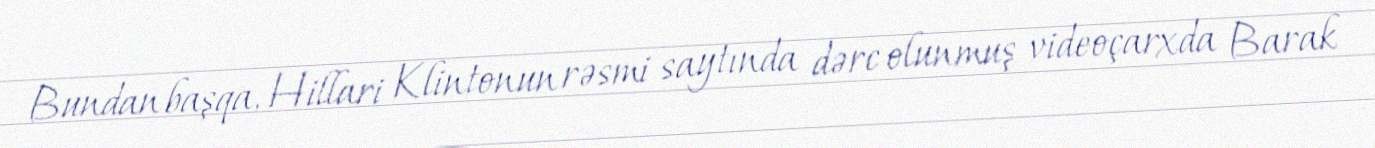
Bundan başqa, Hillari Klintonun rəsmi saytında dərc olunmuş videoçarxda Barak